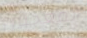
المعجبين